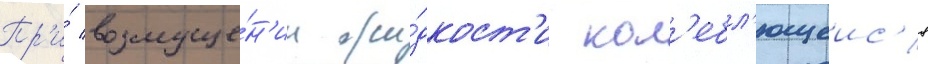
Пр'и́ возмуще́н'ии жи́дкост'и кол'ебл'ющеис'я